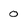
Character: 0